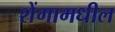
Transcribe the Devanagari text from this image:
शेंगामधील